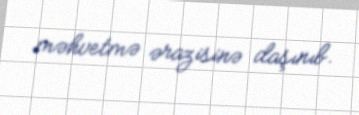
məhvetmə ərazisinə daşınıb.